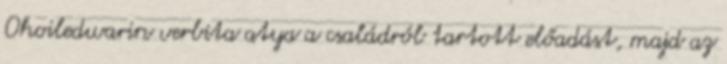
Ohoiledwarin verbita atya a családról tartott előadást, majd az